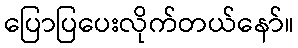
ပြောပြပေးလိုက်တယ်နော်။